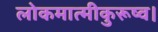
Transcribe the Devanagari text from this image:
लोकमात्मीकुरूष्व।